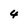
Character: 4